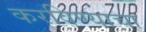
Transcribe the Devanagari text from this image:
करविण्याचा